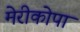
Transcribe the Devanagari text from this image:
मेरीकोपा